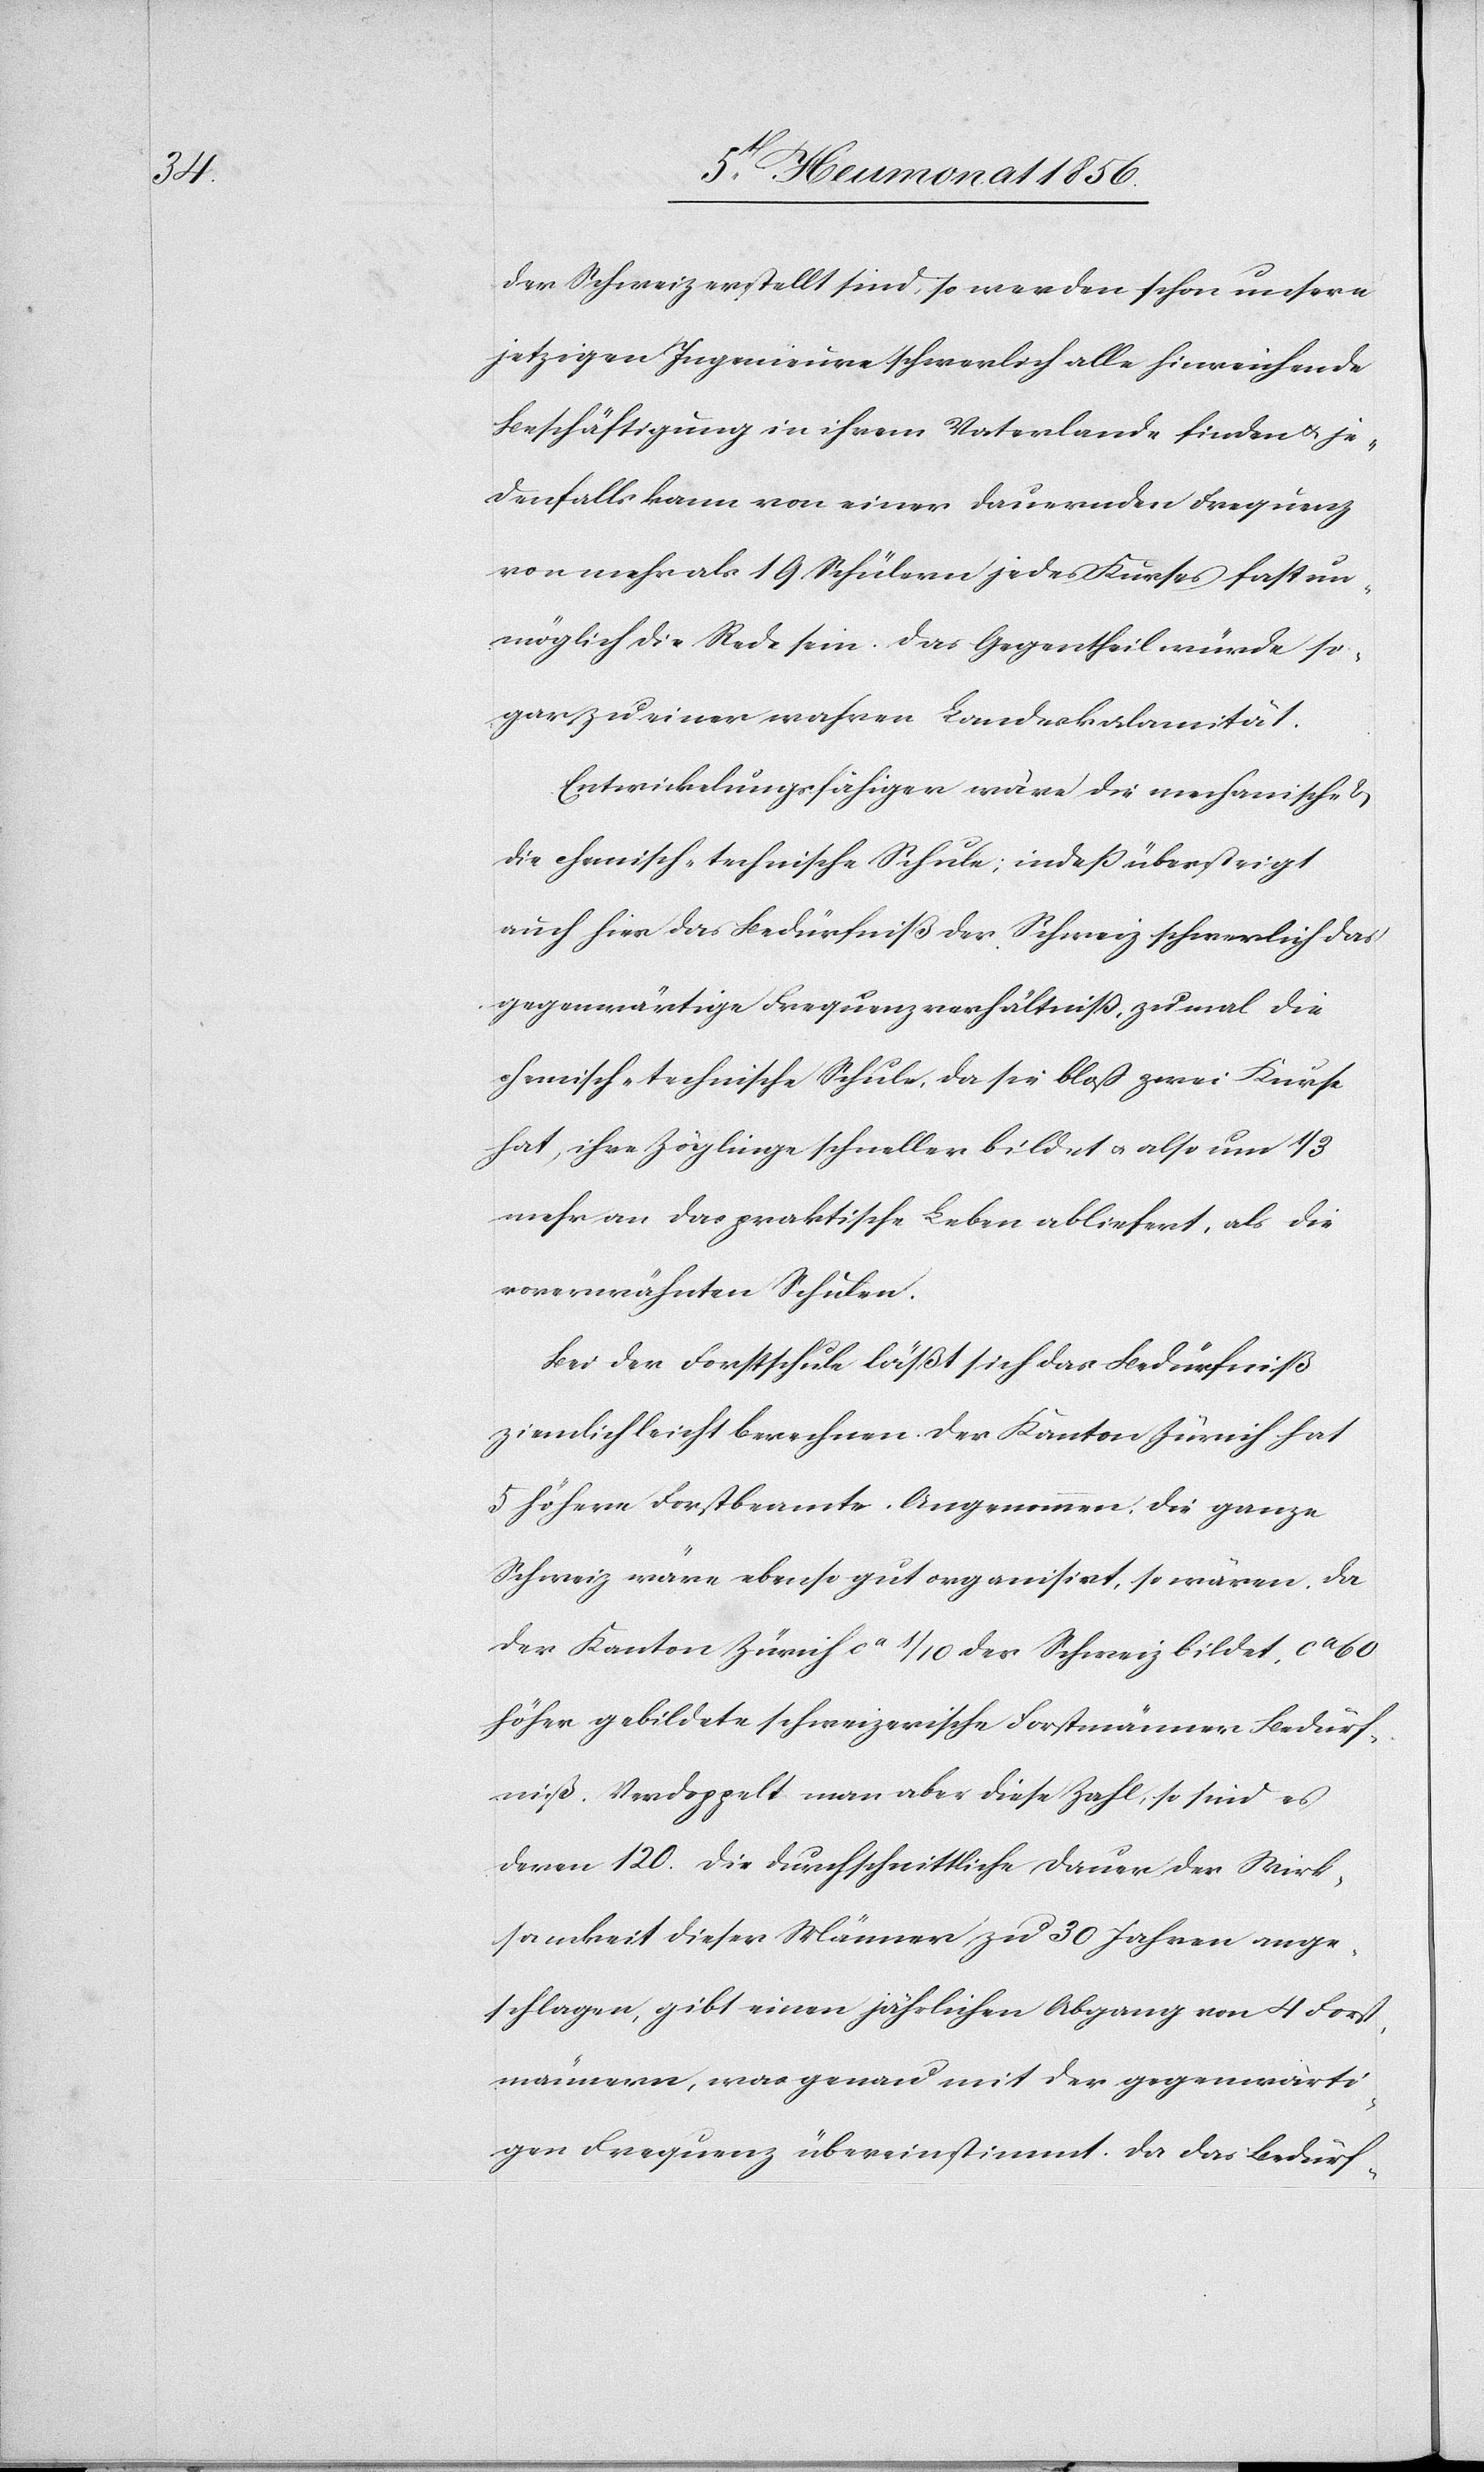
der Schweiz erstellt sind, so werden schon unsere
jetzigen Ingenieure schwerlich alle hinreichende
Beschäftigung in ihrem Vaterlande finden u. je¬
denfalls kann von einer dauernden Frequenz
von mehr als 19 Schülern jedes Kurses fast un¬
möglich die Rede sein. Das Gegentheil würde so¬
gar zu einer wahren Landeskalamität.
Entwicklungsfähiger wäre die mechanische &
die chemisch-technische Schule; indess übersteigt
auch hier das Bedürfniß der Schweiz schwerlich das
gegenwärtige Frequenzverhältniß, zumal die
chemisch-technische Schule, da sie bloß zwei Kurse
hat, ihre Zöglinge schneller bildet u. also um 1/3
mehr an das praktische Leben abliefert, als die
vorerwähnten Schulen.
Bei der Forstschule läßt sich das Bedürfniß
ziemlich leicht berechnen. Der Kanton Zürich hat
5 höhere Forstbeamte. Angenommen: die ganze
Schweiz wäre ebenso gut organisirt, so wären, da
der Kanton Zürich ca 1/10 der Schweiz bildet, ca 60
höher gebildete schweizerische Forstmänner Bedürf¬
niß. Verdoppelt man aber diese Zahl, so sind es
deren 120. Die durchschnittliche Dauer der Wirk¬
samkeit dieser Männer zu 30 Jahren ange¬
schlagen, gibt einen jährlichen Abgang von 4 Forst¬
männern, was genau mit der gegenwärti¬
gen Frequenz übereinstimmt. Da das Bedürf-